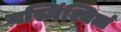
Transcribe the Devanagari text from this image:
यस्मिंश्चित्तं